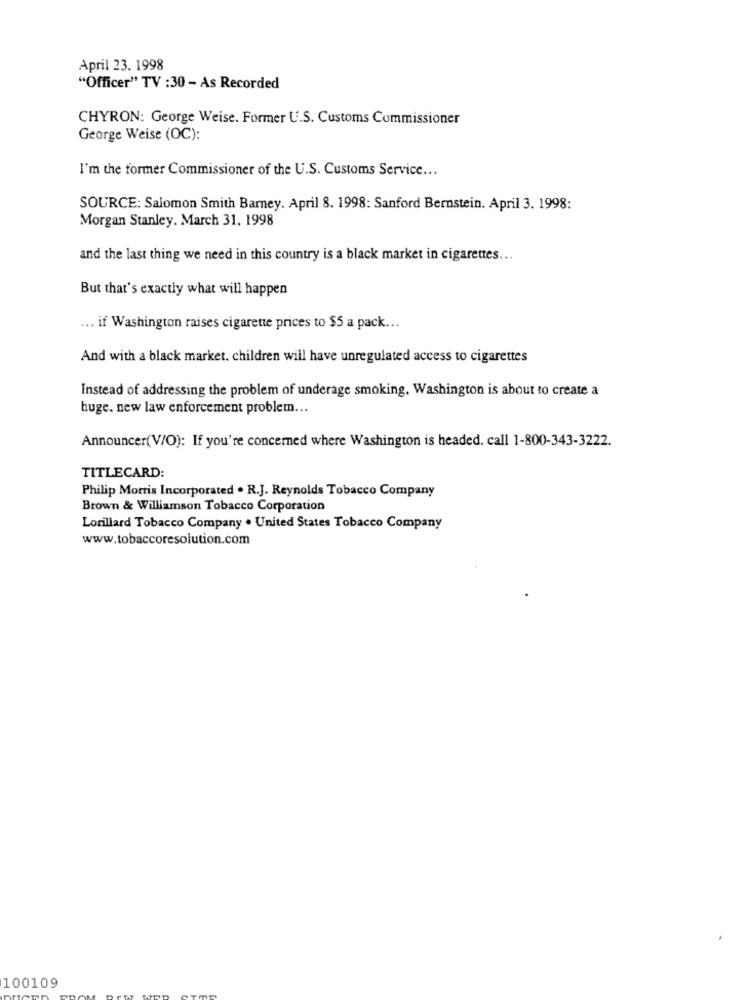
April 23. 1998
"Officer" TV :30 - As Recorded
CHYRON: George Weise. Former U.S. Customs Commissioner
George Weise (OC):
I'm the former Commissioner of the U.S. Customs Service ...
SOURCE: Salomon Smith Barney. April 8. 1998: Sanford Bernstein. April 3. 1998:
Morgan Stanley. March 31. 1998
and the last thing we need in this country is a black market in cigarettes ...
But that's exactly what will happen
... if Washington raises cigarette prices to $5 a pack ...
And with a black market. children will have unregulated access to cigarettes
Instead of addressing the problem of underage smoking. Washington is about to create a
huge. new law enforcement problem ...
Announcer(V/O): If you're concerned where Washington is headed. call 1-800-343-3222.
TITLECARD:
Philip Morris Incorporated . R.J. Reynolds Tobacco Company
Brown & Williamson Tobacco Corporation
Lorillard Tobacco Company . United States Tobacco Company
www.tobaccoresolution.com
100109